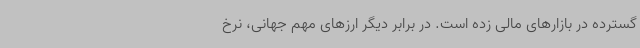
گسترده در بازارهای مالی زده است. در برابر دیگر ارزهای مهم جهانی، نرخ